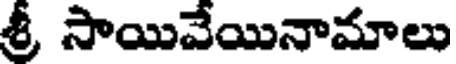
శ్రీ సాయివేయినామాలు